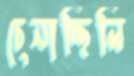
চেনাচ্ছিলি